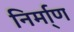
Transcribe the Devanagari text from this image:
निर्मा्ण